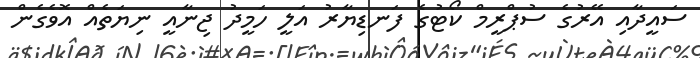
ސައީދާއި އޭރުގެ ސުޕްރީމް ކޯޓުގެ ފަނޑިޔާރު އަލީ ހަމީދު ޖިނާއީ ނިޔަތެއް އޮވެގެން